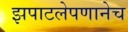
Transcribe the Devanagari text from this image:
झपाटलेपणानेच